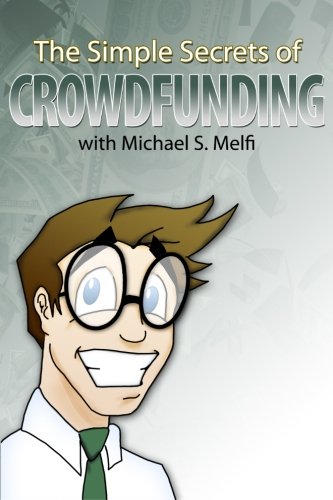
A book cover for The Simple Secrets of Crowdfunding; Michael S. Melfi; Business & Money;